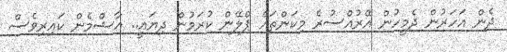
ދެން އަހަރުން ދެމީހުން އޭރުއްސުރެ މިކަންތައް ޕްލޭން ކުރަމުން ދިޔައީ.. އާޝްމެން ކައިރިވެސް